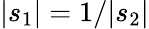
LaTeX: |s_{1}|=1/|s_{2}|